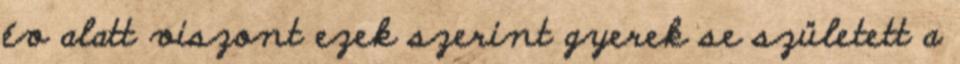
év alatt viszont ezek szerint gyerek se született a